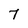
Character: 7